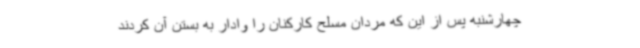
چهارشنبه پس از این که مردان مسلح کارکنان را وادار به بستن آن کردند